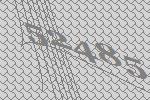
52485